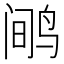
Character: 𲍻